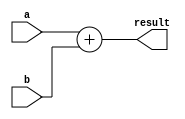
module adder10(result, a, b);

input [9:0] a, b;
output reg [9:0] result;

always @ (a, b)
begin
	result = a + b;
end

endmodule